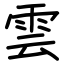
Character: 雲